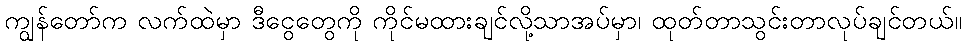
ကျွန်တော်က လက်ထဲမှာ ဒီငွေတွေကို ကိုင်မထားချင်လို့သာအပ်မှာ၊ ထုတ်တာသွင်းတာလုပ်ချင်တယ်။